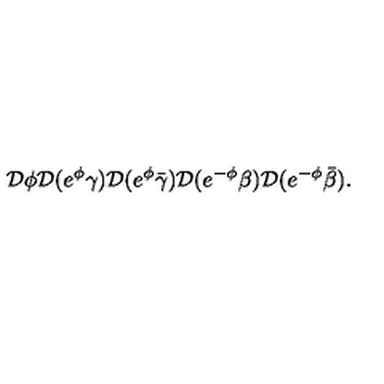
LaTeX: { \cal D } \phi { \cal D } ( e ^ { \phi } \gamma ) { \cal D } ( e ^ { \phi } \bar { \gamma } ) { \cal D } ( e ^ { - \phi } \beta ) { \cal D } ( e ^ { - \phi } \bar { \beta } ) .